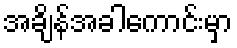
အချိန်အခါကောင်းမှာ